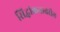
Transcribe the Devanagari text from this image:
सिद्धांकनावरील